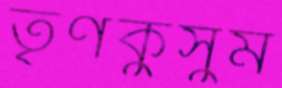
তৃণকুসুম